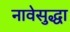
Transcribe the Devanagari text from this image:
नावेसुद्धा